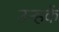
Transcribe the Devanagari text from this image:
उन्हकें